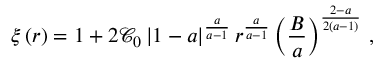
\xi \left( r \right) = 1 + 2 \mathcal { C } _ { 0 } \left| 1 - a \right| ^ { \frac { a } { a - 1 } } r ^ { \frac { a } { a - 1 } } \left( \frac { B } { a } \right) ^ { \frac { 2 - a } { 2 \left( a - 1 \right) } } \, ,